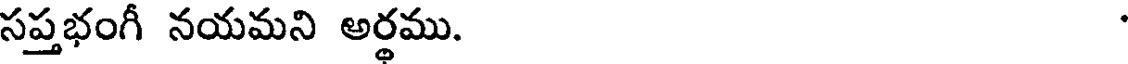
సప్తభంగీ నయమని అర్థము.